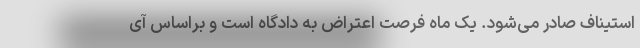
استیناف صادر می‌شود. یک ماه فرصت اعتراض به دادگاه است و براساس آی